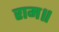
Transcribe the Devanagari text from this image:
राम॥